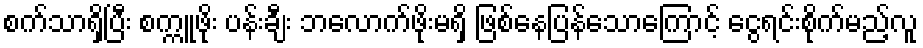
စက်သာရှိပြီး စက္ကူဖိုး ပန်းချီး ဘလောက်ဖိုးမရှိ ဖြစ်နေပြန်သောကြောင့် ငွေရင်းစိုက်မည့်လူ